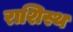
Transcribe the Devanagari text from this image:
राशिस्थ